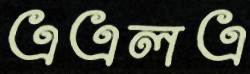
এএলএ